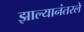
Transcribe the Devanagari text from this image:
झाल्यानंतरले